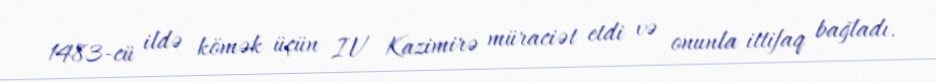
1483-cü ildə kömək üçün IV Kazimirə müraciət etdi və onunla ittifaq bağladı.